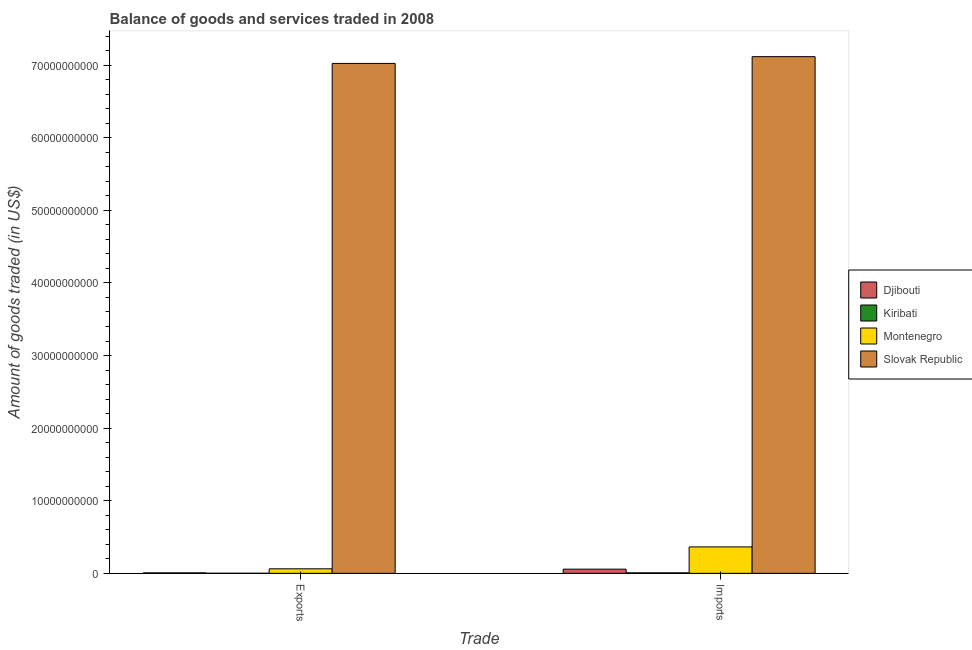
| Trade | Djibouti | Kiribati | Montenegro | Slovak Republic |
 | --- | --- | --- | --- | --- |
 | Exports | 6.38e+07 | 9.18e+06 | 6.23e+08 | 7.02e+10 |
 | Imports | 5.74e+08 | 6.96e+07 | 3.64e+09 | 7.12e+10 |